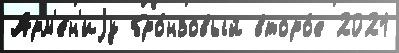
Арм'е́н'иjу бро́нзовый второ́е 2021